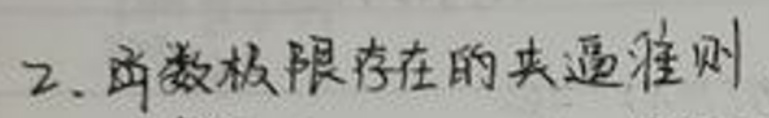
2. 函数极限存在的夹逼准则